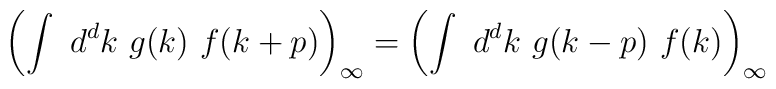
\left(\int\ d^dk\ g(k)\ f(k+p)\right)_\infty =\left(\int\ d^dk\ g(k-p)\ f(k)\right)_\infty